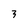
Character: 3